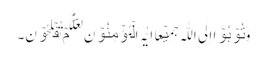
وَ تُوۡبُوۡۤا اِلَی اللّٰہِ جَمِیۡعًا اَیُّہَ الۡمُؤۡمِنُوۡنَ لَعَلَّکُمۡ تُفۡلِحُوۡنَ۔